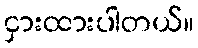
ငှားထားပါတယ်။